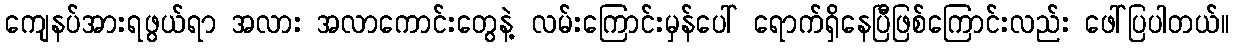
ကျေနပ်အားရဖွယ်ရာ အလား အလာကောင်းတွေနဲ့ လမ်းကြောင်းမှန်ပေါ် ရောက်ရှိနေပြီဖြစ်ကြောင်းလည်း ဖေါ်ပြပါတယ်။